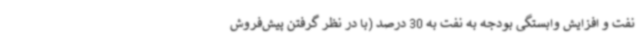
نفت و افزایش وابستگی بودجه به نفت به 30 درصد (با در نظر گرفتن پیش‌فروش